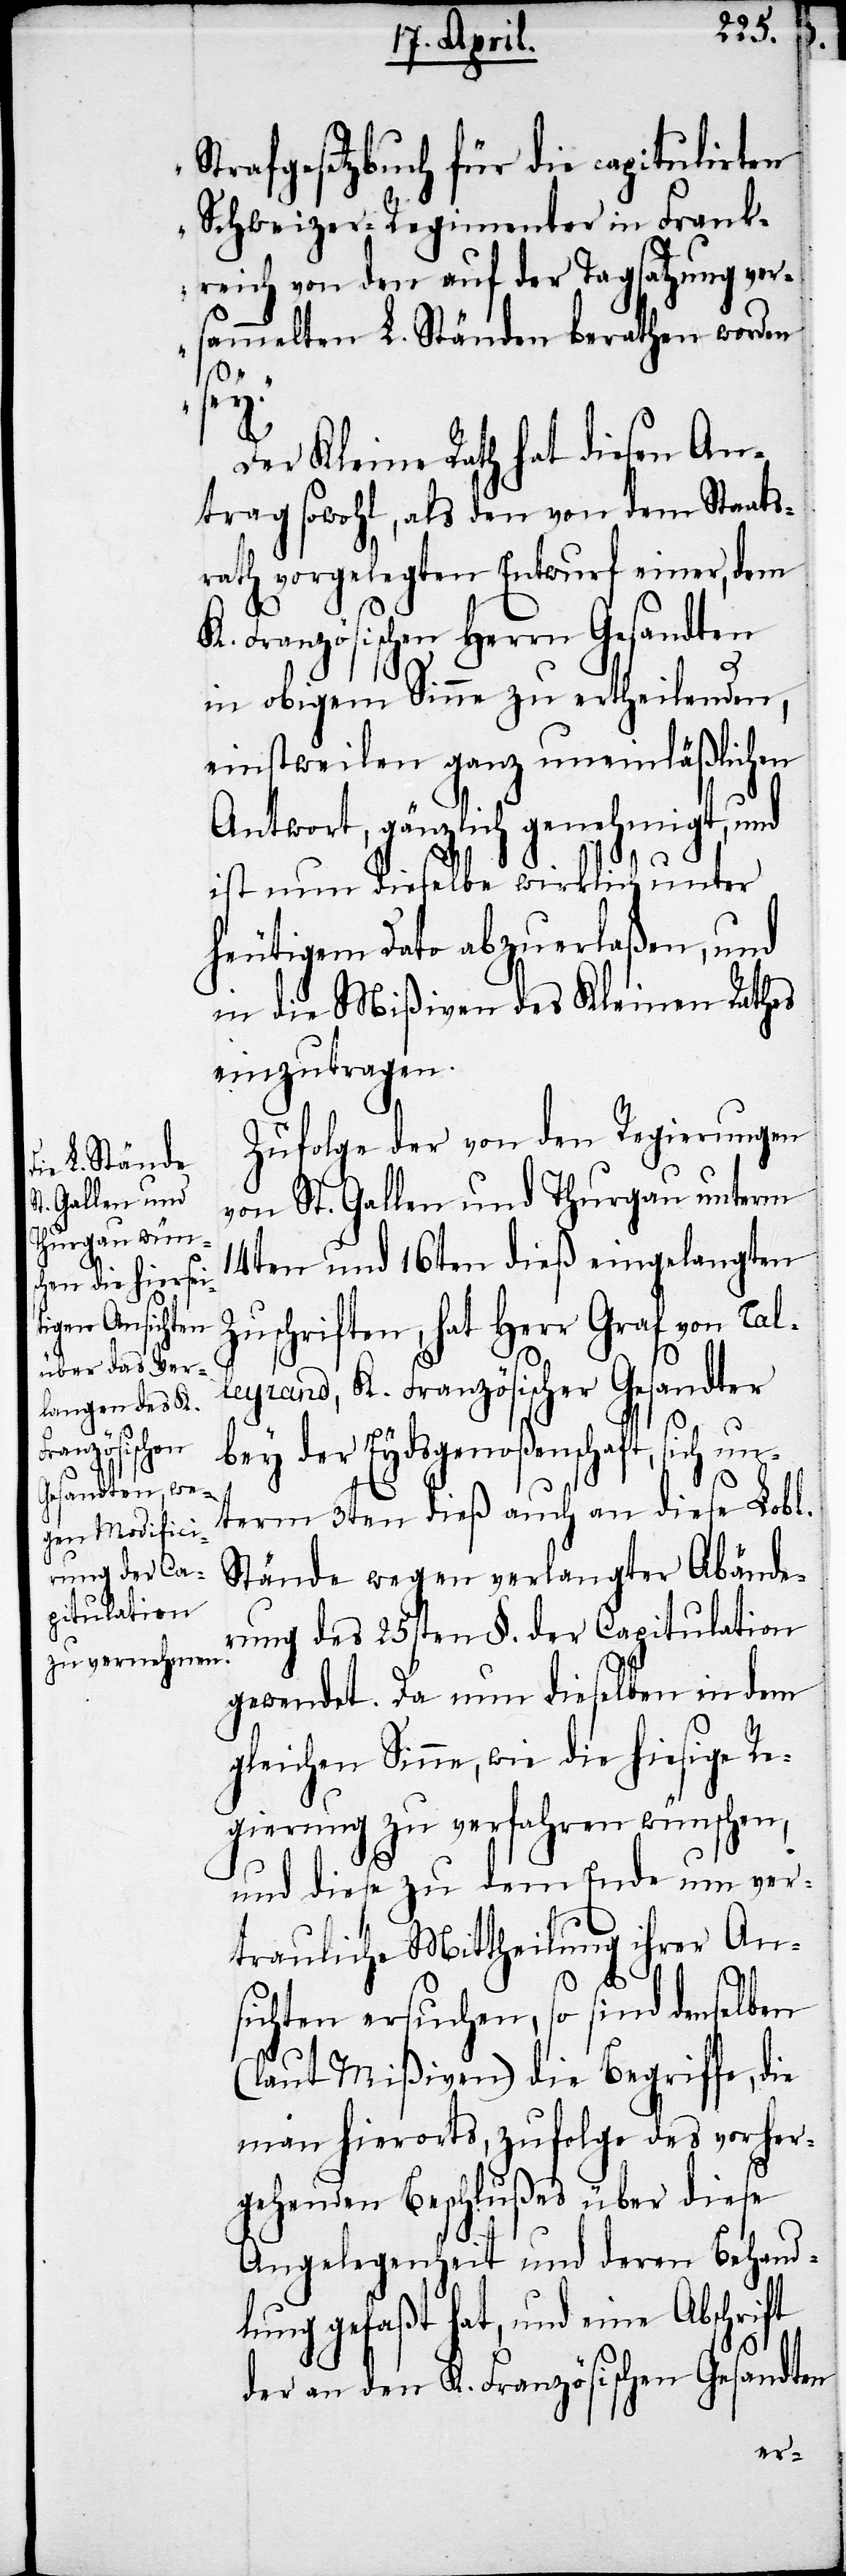
Strafgesetzbuch für die capitulirten
Schweizer-Regimenter in Frank¬
reich von den auf der Tagsatzung ver¬
sammelten L. Ständen berathen worden
sey.“
Der Kleine Rath hat diesen An¬
trag sowohl, als den von dem Staats¬
rath vorgelegten Entwurf einer, dem
K. Französischen Herrn Gesandten
in obigem Sinne zu ertheilenden,
einstweilen ganz uneinläßlichen
Antwort, gänzlich genehmigt, und
ist nun dieselbe wirklich unter
heutigem Dato abzuerlaßen, und
in die Mißiven des Kleinen Rathes
einzutragen.
Zufolge der von den Regierungen
von St. Gallen und Thurgau unterm
14ten und 16ten dieß eingelangten
Zuschriften, hat Herr Graf von Tal¬
leyrand, K. Französicher Gesandter
bey der Eydsgenoßenschaft, sich
term 3ten dieß auch an diese Lobl.
Stände wegen verlangter Abände¬
rung des 25sten §. der Capitulation
gewendet. Da nun dieselben in dem
gleichen Sinne, wie die hiesige Re¬
gierung zu verfahren wünschen,
und diese zu dem Ende um ver¬
trauliche Mittheilung ihrer An¬
sichten ersuchen, so sind denselben
(laut Mißiven) die Begriffe, die
man hierorts, zufolge des vorher¬
gehenden Beschlußes über diese
Angelegenheit und deren Behand¬
lung gefaßt hat, und eine Abschrift
der an den K. Französichen Gesandten

un¬